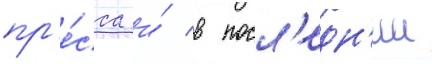
пр'е́сса и́ в посл'едн'ии